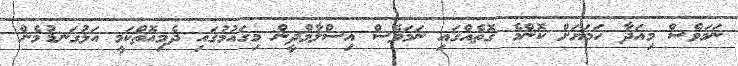
ނަމަވެސް މިއަދާ ހަމަޔަށް ކޮންމެ ގޮތެއްގައި ނަމަވެސް އިސްލާމްދީން މިގައުމުގައި ދެމިއޮތްކަމީ އަޅުގަނޑުމެން